Annual report of the Punjab Veterinary College and of the Civil Veterinary Department, Punjab - 1894-1908
Year: 1894
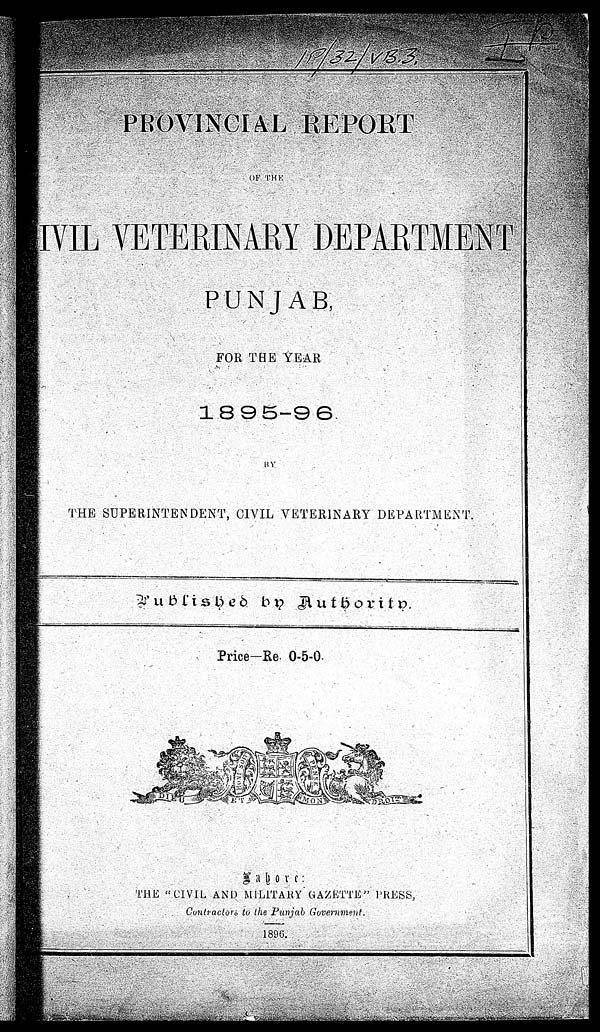
PROVINCIAL REPORT
OF THE
IVIL VETERINARY DEPARTMENT
PUNJAB,
FOR THE YEAR
1895-96.
THE SUPERINTENDENT, CIVIL VETERINARY DEPARTMENT.
Published by Authority.
Price-Re 0-5-0.
Lahore:
THE "CIVIL AND MILITARY GAZETTE" PRESS,
Contractors to the Punjab Government.
1896.